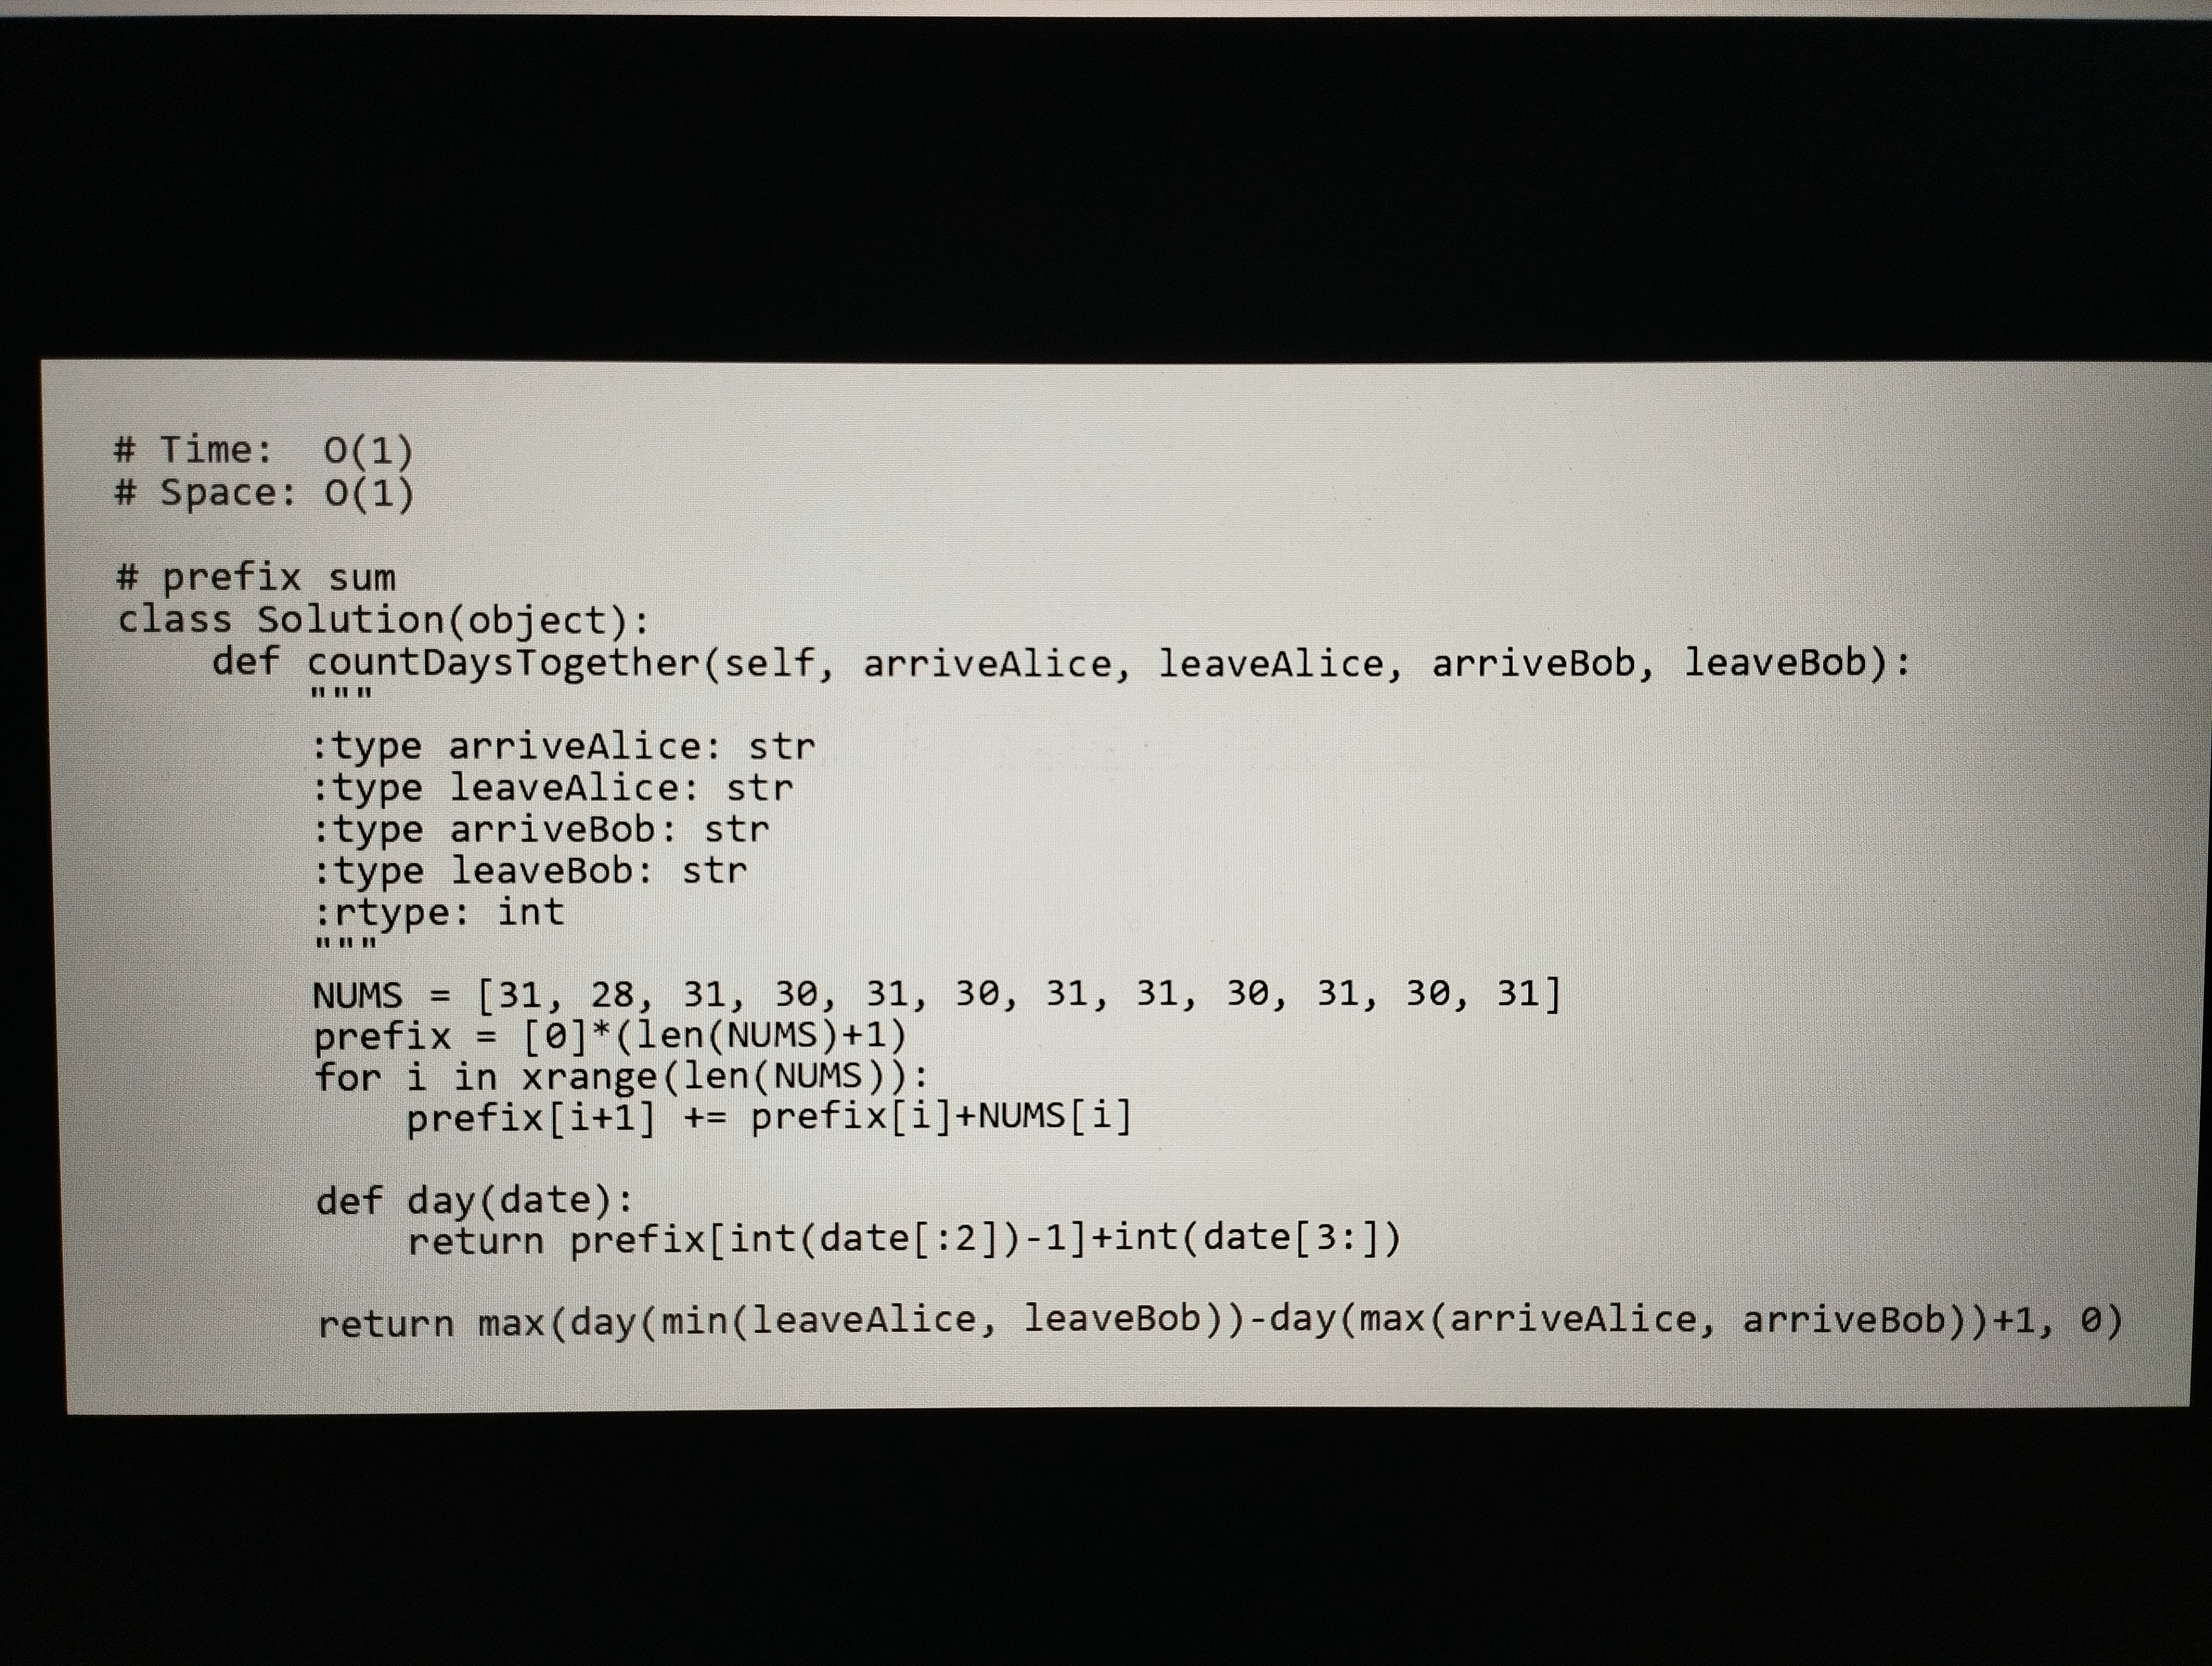
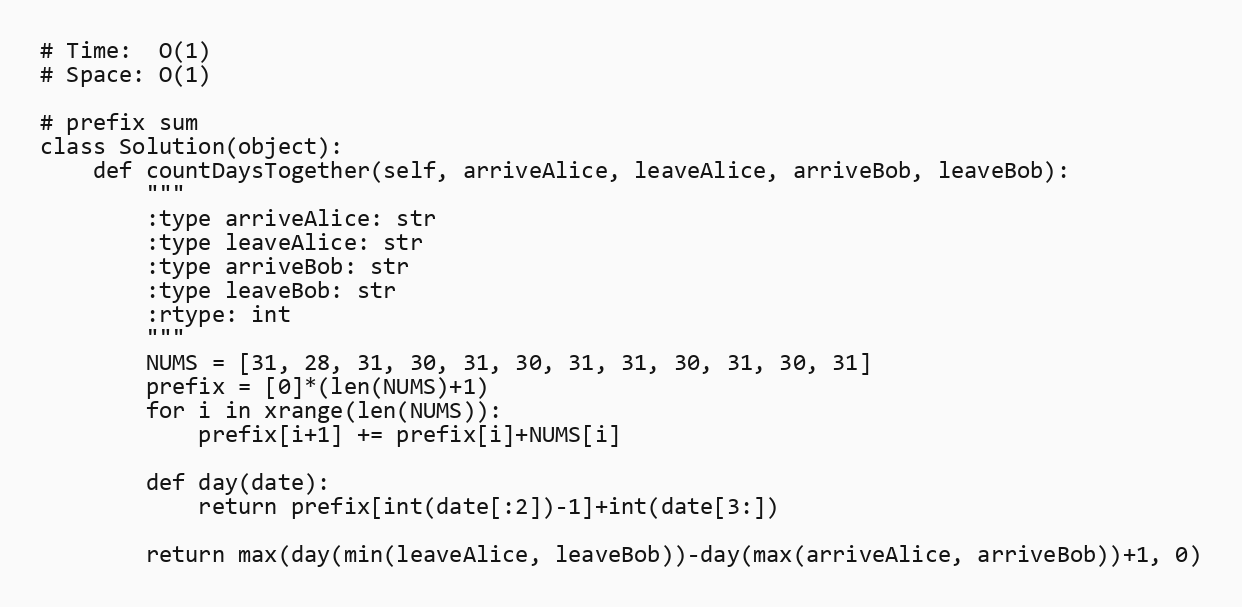
# Time:  O(1)
# Space: O(1)

# prefix sum
class Solution(object):
    def countDaysTogether(self, arriveAlice, leaveAlice, arriveBob, leaveBob):
        """
        :type arriveAlice: str
        :type leaveAlice: str
        :type arriveBob: str
        :type leaveBob: str
        :rtype: int
        """
        NUMS = [31, 28, 31, 30, 31, 30, 31, 31, 30, 31, 30, 31]
        prefix = [0]*(len(NUMS)+1)
        for i in xrange(len(NUMS)):
            prefix[i+1] += prefix[i]+NUMS[i]

        def day(date):
            return prefix[int(date[:2])-1]+int(date[3:])

        return max(day(min(leaveAlice, leaveBob))-day(max(arriveAlice, arriveBob))+1, 0)